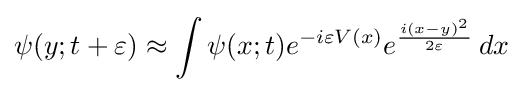
\psi (y;t+\varepsilon )\approx \int \psi (x;t)e^{-i\varepsilon V(x)}e^{\frac {i(x-y)^{2}}{2\varepsilon }}\,dx